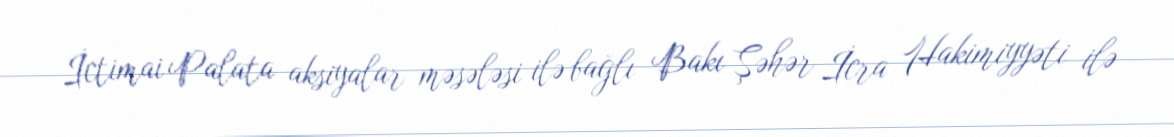
İctimai Palata aksiyalar məsələsi ilə bağlı Bakı Şəhər İcra Hakimiyyəti ilə